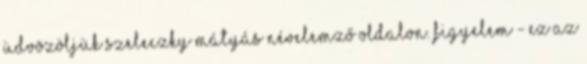
Üdvözöljük SZELECZKY MÁTYÁS névelemző oldalon. Figyelem - ez az